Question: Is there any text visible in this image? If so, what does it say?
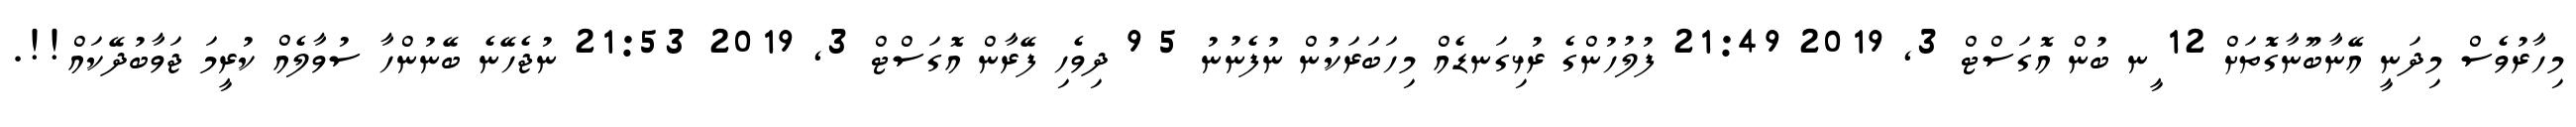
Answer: މިހާރުވެސް މިދަނީ އޭނާބޫނާގޮތަށް 12 ީނ ބުން އޮގަސްޓް 3, 2019 21:49 ފުލުހުންގެ ރުޅިގަނޑެއް މިހަބަރަކުން ނުފެނުނު 5 9 ދިވެހި ފޭރާން އޮގަސްޓް 3, 2019 21:53 ނުޖެހޭނެ ބޭނުންހާ ސުވާލެއް ކުރީމަ ޖަވާބުދޭކައް!!.